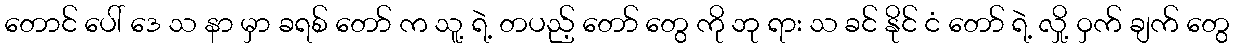
တောင် ပေါ် ဒေ သ နာ မှာ ခရစ် တော် က သူ့ ရဲ့ တပည့် တော် တွေ ကို ဘု ရား သ ခင် နိုင် ငံ တော် ရဲ့ လှို့ ဝှက် ချက် တွေ